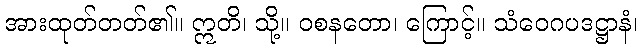
အားထုတ်တတ်၏။ ဣတိ၊ သို့။ ဝစနတော၊ ကြောင့်။ သံဝေဂပဒဋ္ဌာနံ၊